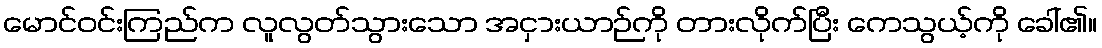
မောင်ဝင်းကြည်က လူလွတ်သွားသော အငှားယာဉ်ကို တားလိုက်ပြီး ကေသွယ့်ကို ခေါ်၏။